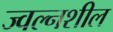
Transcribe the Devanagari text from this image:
ज्वल्नशील